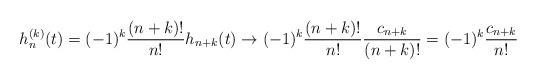
LaTeX: \begin{align*}h_n^{(k)}(t)=(-1)^k\frac{(n+k)!}{n!}h_{n+k}(t)\to(-1)^k\frac{(n+k)!}{n!}\frac{c_{n+k}}{(n+k)!}=(-1)^k\frac{c_{n+k}}{n!}\end{align*}